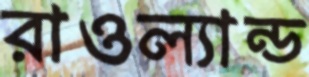
রাওল্যান্ড